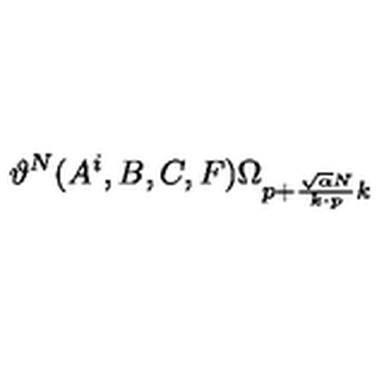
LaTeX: \vartheta ^ { N } ( A ^ { i } , B , C , F ) \Omega _ { p + { \frac { \sqrt { \alpha } N } { k \cdot p } } k }